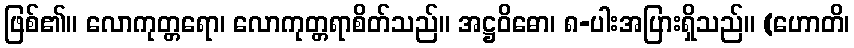
ဖြစ်၏။ လောကုတ္တရော၊ လောကုတ္တရာစိတ်သည်။ အဋ္ဌဝိဓော၊ ၈-ပါးအပြားရှိသည်။ (ဟောတိ၊